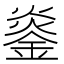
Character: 𬫨